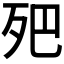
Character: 𣧜